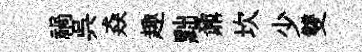
禍呉猋趣黜鼐坎少雙